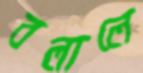
বলালে